Indian journal of veterinary science and animal husbandry - Volume 5,
Year: 1935
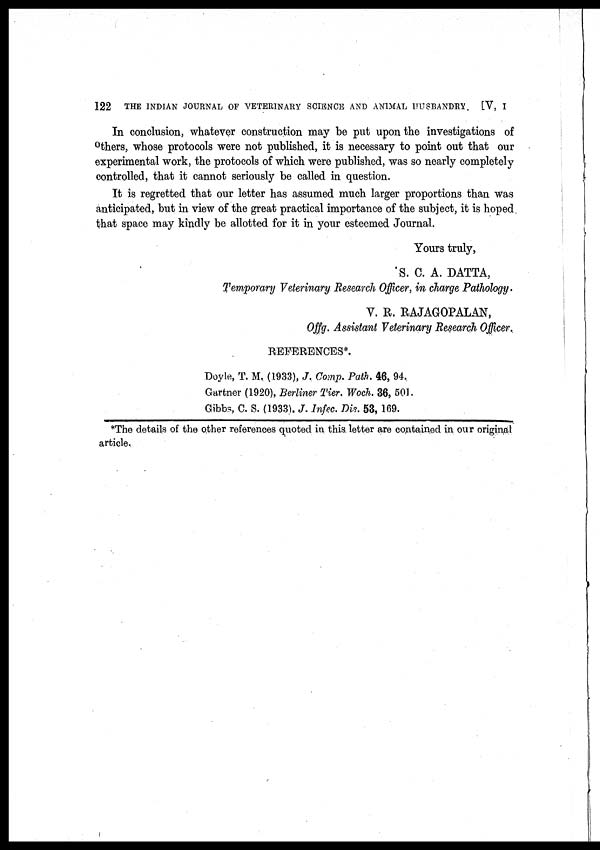
122
THE INDIAN JOURNAL OF VETERINARY SCIENCE AND ANIMAL HUSBANDRY. [ V, I
In conclusion, whatever construction may be put upon the investigations of
others, whose protocols were not published, it is necessary to point out that our
experimental work, the protocols of which were published, was so nearly completely
controlled, that it cannot seriously be called in question.
It is regretted that our letter has assumed much larger proportions than was
anticipated, but in view of the great practical importance of the subject, it is hoped
that space may kindly be allotted for it in your esteemed Journal.
Yours truly,
S. C. A. DATTA,
Temporary Veterinary Research Officer, in charge Pathology.
V. R. RAJAGOPALAN,
Offg. Assistant Veterinary Research Officer.
REFERENCES*.
Doyle, T. M. (1933), J. Comp. Path. 46, 94.
Gartner (1920), Berliner Tier. Woch. 36, 501.
Gibbs, C. S. (1933). J. Infec. Dis. 53, 169.
*The details of the other references quoted in this letter are contained in our original
article.